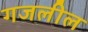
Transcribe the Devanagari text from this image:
गजलील